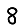
Digit: 8